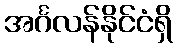
အင်္ဂလန်နိုင်ငံရှိ